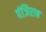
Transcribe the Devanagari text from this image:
पंजिराब